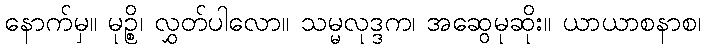
နောက်မှ။ မုဉ္စိ၊ လွှတ်ပါလော။ သမ္မလုဒ္ဒက၊ အဆွေမုဆိုး။ ယာယာစနာစ၊